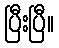
ပြီးပြီ။